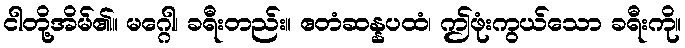
ငါတို့အိမ်၏။ မဂ္ဂေါ၊ ခရီးတည်း။ ဧတံဆန္နပထံ၊ ဤဖုံးကွယ်သော ခရီးကို။